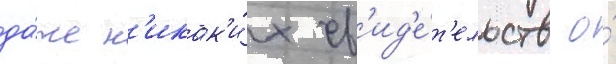
да́же н'икак'и́х св'ид'е́т'ельств о́